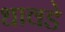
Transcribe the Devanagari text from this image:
धावडे